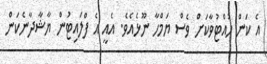
އެ ކަން ހުއްޓުވާކަށް ވެސް ޔަމްހާ ނޫޅެއެވެ. އެއީ އެ ފްލައިޓުން ޔާޝާދާނެކަން